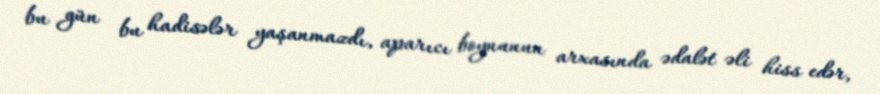
bu gün bu hadisələr yaşanmazdı, aparıcı boynunun arxasında ədalət əli hiss edər,